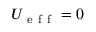
U _ { \mathrm { ~ e ~ f ~ f ~ } } = 0